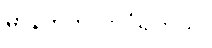
မာန်တက်လာပုံရတယ်။